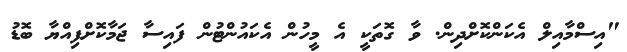
"އިސްމާއިލް އެކަންކޮށްދިން. ވާ ގޮތަކީ އެ މީހުން އެކައުންޓުން ފައިސާ ޖަމާކޮށްފިއްޔާ ބޮޑު